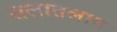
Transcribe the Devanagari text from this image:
सलातलाय